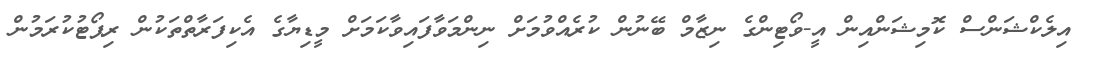
އިލެކްޝަންސް ކޮމިޝަންއިން އީ-ވޯޓިންގެ ނިޒާމް ބޭނުން ކުރެއްވުމަށް ނިންމަވާފައިވާކަމަށް މީޑިޔާގެ އެކިފަރާތްތަކުން ރިޕޯޓުކުރަމުން